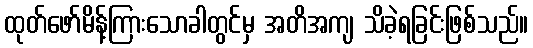
ထုတ်ဖော်မိန့်ကြားသောခါတွင်မှ အတိအကျ သိခဲ့ရခြင်းဖြစ်သည်။